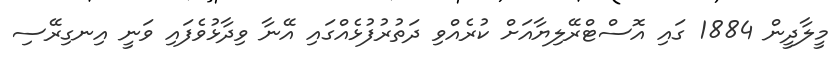
މީލާދީން 1884 ގައި އޮސްޓްރޭލިޔާއަށް ކުރެއްވި ދަތުރުފުޅެއްގައި އޭނާ ވިދާޅުވެފައި ވަނީ އިނގިރޭސި